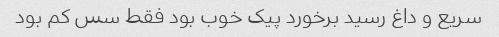
سریع و داغ رسید برخورد پیک خوب بود فقط سس کم بود